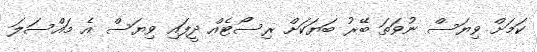
ކަމަށް ވިޔަސް ނުވަތަ ބޭރު ބަޔަކަށް ރިސޯޓެއް ދީފައި ވިޔަސް އެ މައްސަލަ